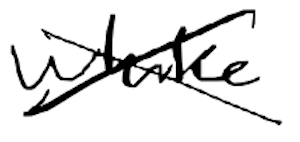
Text: while
Cross-out: cross
Writing tool: digital_black